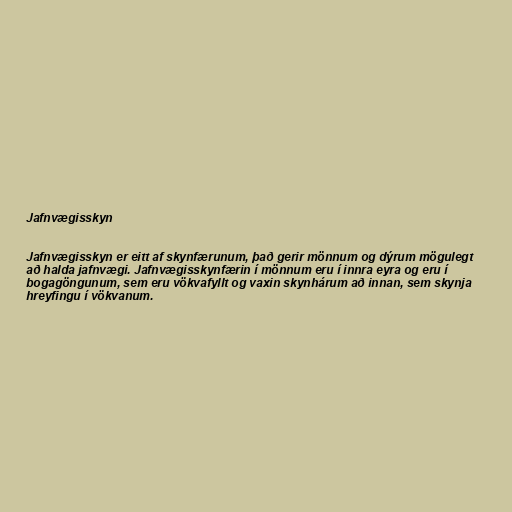
Jafnvægisskyn

Jafnvægisskyn er eitt af skynfærunum, það gerir mönnum og dýrum mögulegt
að halda jafnvægi. Jafnvægisskynfærin í mönnum eru í innra eyra og eru í
bogagöngunum, sem eru vökvafyllt og vaxin skynhárum að innan, sem skynja
hreyfingu í vökvanum.